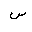
Letter: _sin